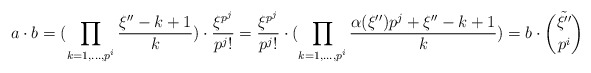
\begin{align*}a\cdot b=(\prod_{k=1,...,p^{i}} \frac{\xi''-k+1}{k})\cdot \frac{\xi^{p^{j}}}{p^{j}!} =\frac{\xi^{p^{j}}}{p^{j}!}\cdot (\prod_{k=1,...,p^{i}} \frac{\alpha(\xi'')p^{j}+\xi'' - k +1}{k})= b\cdot {\tilde{\xi''}\choose p^{i}}\end{align*}